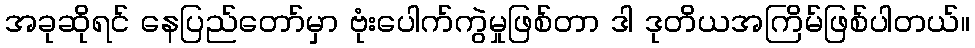
အခုဆိုရင် နေပြည်တော်မှာ ဗုံးပေါက်ကွဲမှုဖြစ်တာ ဒါ ဒုတိယအကြိမ်ဖြစ်ပါတယ်။